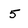
Character: 5